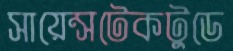
সায়েন্সটেকটুডে